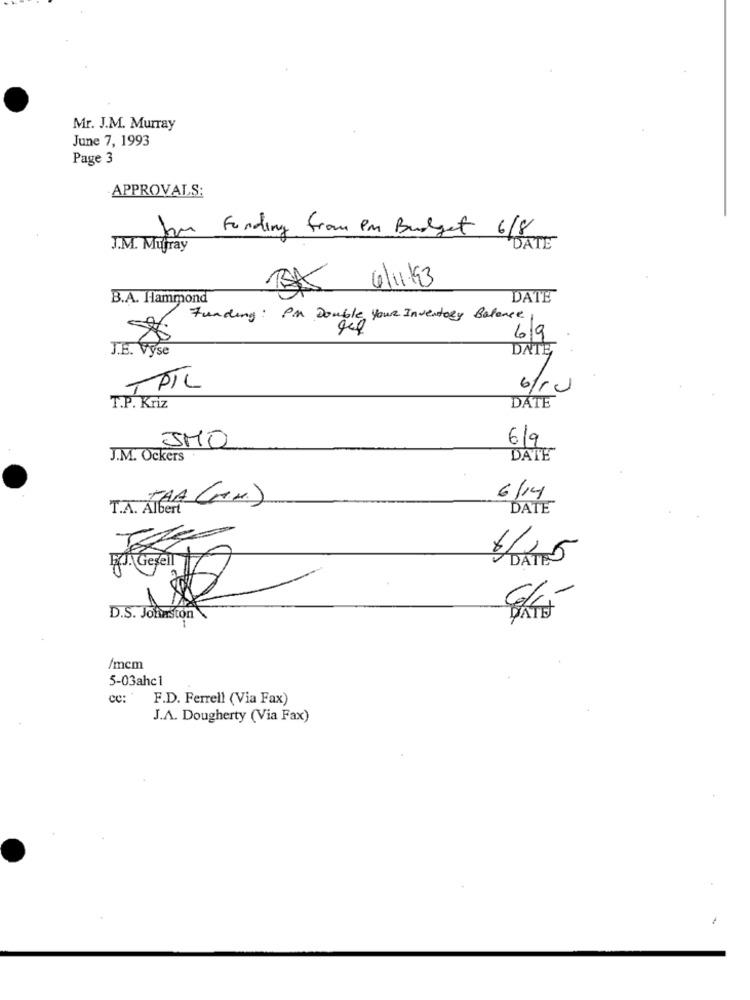
Mr. J.M. Murray
June 7, 1993
Page 3
APPROVALS:
Funding from Pm Budget 6/8
J.M. Mujray
DATE
SAS 6/1193
B.A. Hammond
DATE
Funding: PM Double Your Inventory Balance
69
J.B. Výse
DATĘ
PIL
6/ru
DATE
T.P. Kriz
JMO
6/9
J.M. Ockers
DATE
TAA (M.M.)
6/14
T.A. Albert
DATE
D.S. Johnston
/mcm
5-03ahc1
ce:
F.D. Ferrell (Via Fax)
J.A. Dougherty (Via Fax)